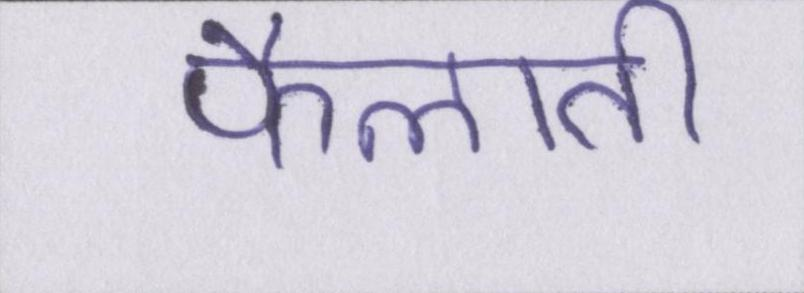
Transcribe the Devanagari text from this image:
फैलाती